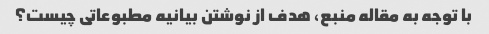
با توجه به مقاله منبع، هدف از نوشتن بیانیه مطبوعاتی چیست؟